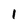
Character: 1